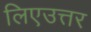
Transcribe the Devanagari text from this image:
लिएउत्तर